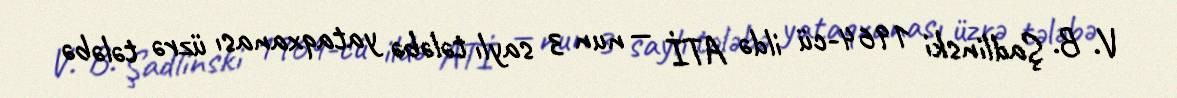
V. B. Şadlinski 1964-cü ildə ATİ — nun 3 saylı tələbə yataqxanası üzrə tələbə